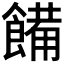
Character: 𩝳